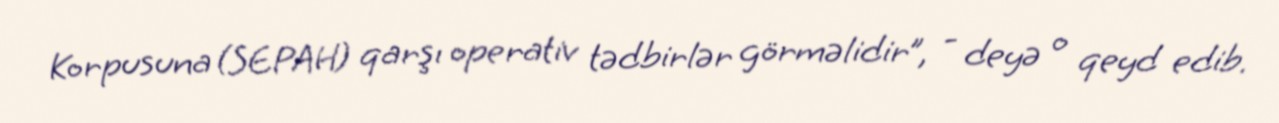
Korpusuna (SEPAH) qarşı operativ tədbirlər görməlidir”, - deyə o qeyd edib.